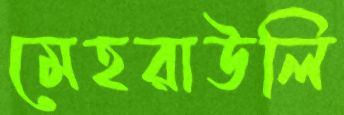
মেহরাউলি